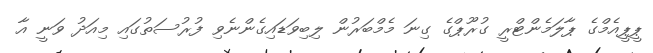
ޕީޕީއެމްގެ ޕާލަމެންޓްރީ ގުރޫޕްގެ ގިނަ މެމްބަރުން ލިބިވަޑައިގެންނެވި ފުރުސަތުގައި މިއަދު ވަނީ އާ